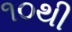
૧૦થી